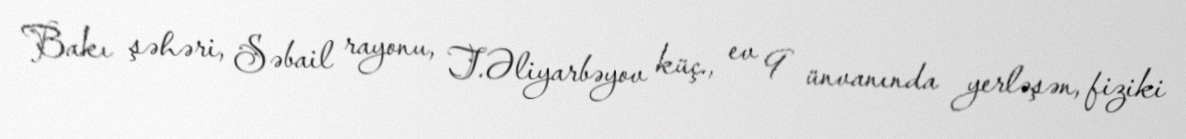
Bakı şəhəri, Səbail rayonu, T.Əliyarbəyov küç., ev 9 ünvanında yerləşən, fiziki